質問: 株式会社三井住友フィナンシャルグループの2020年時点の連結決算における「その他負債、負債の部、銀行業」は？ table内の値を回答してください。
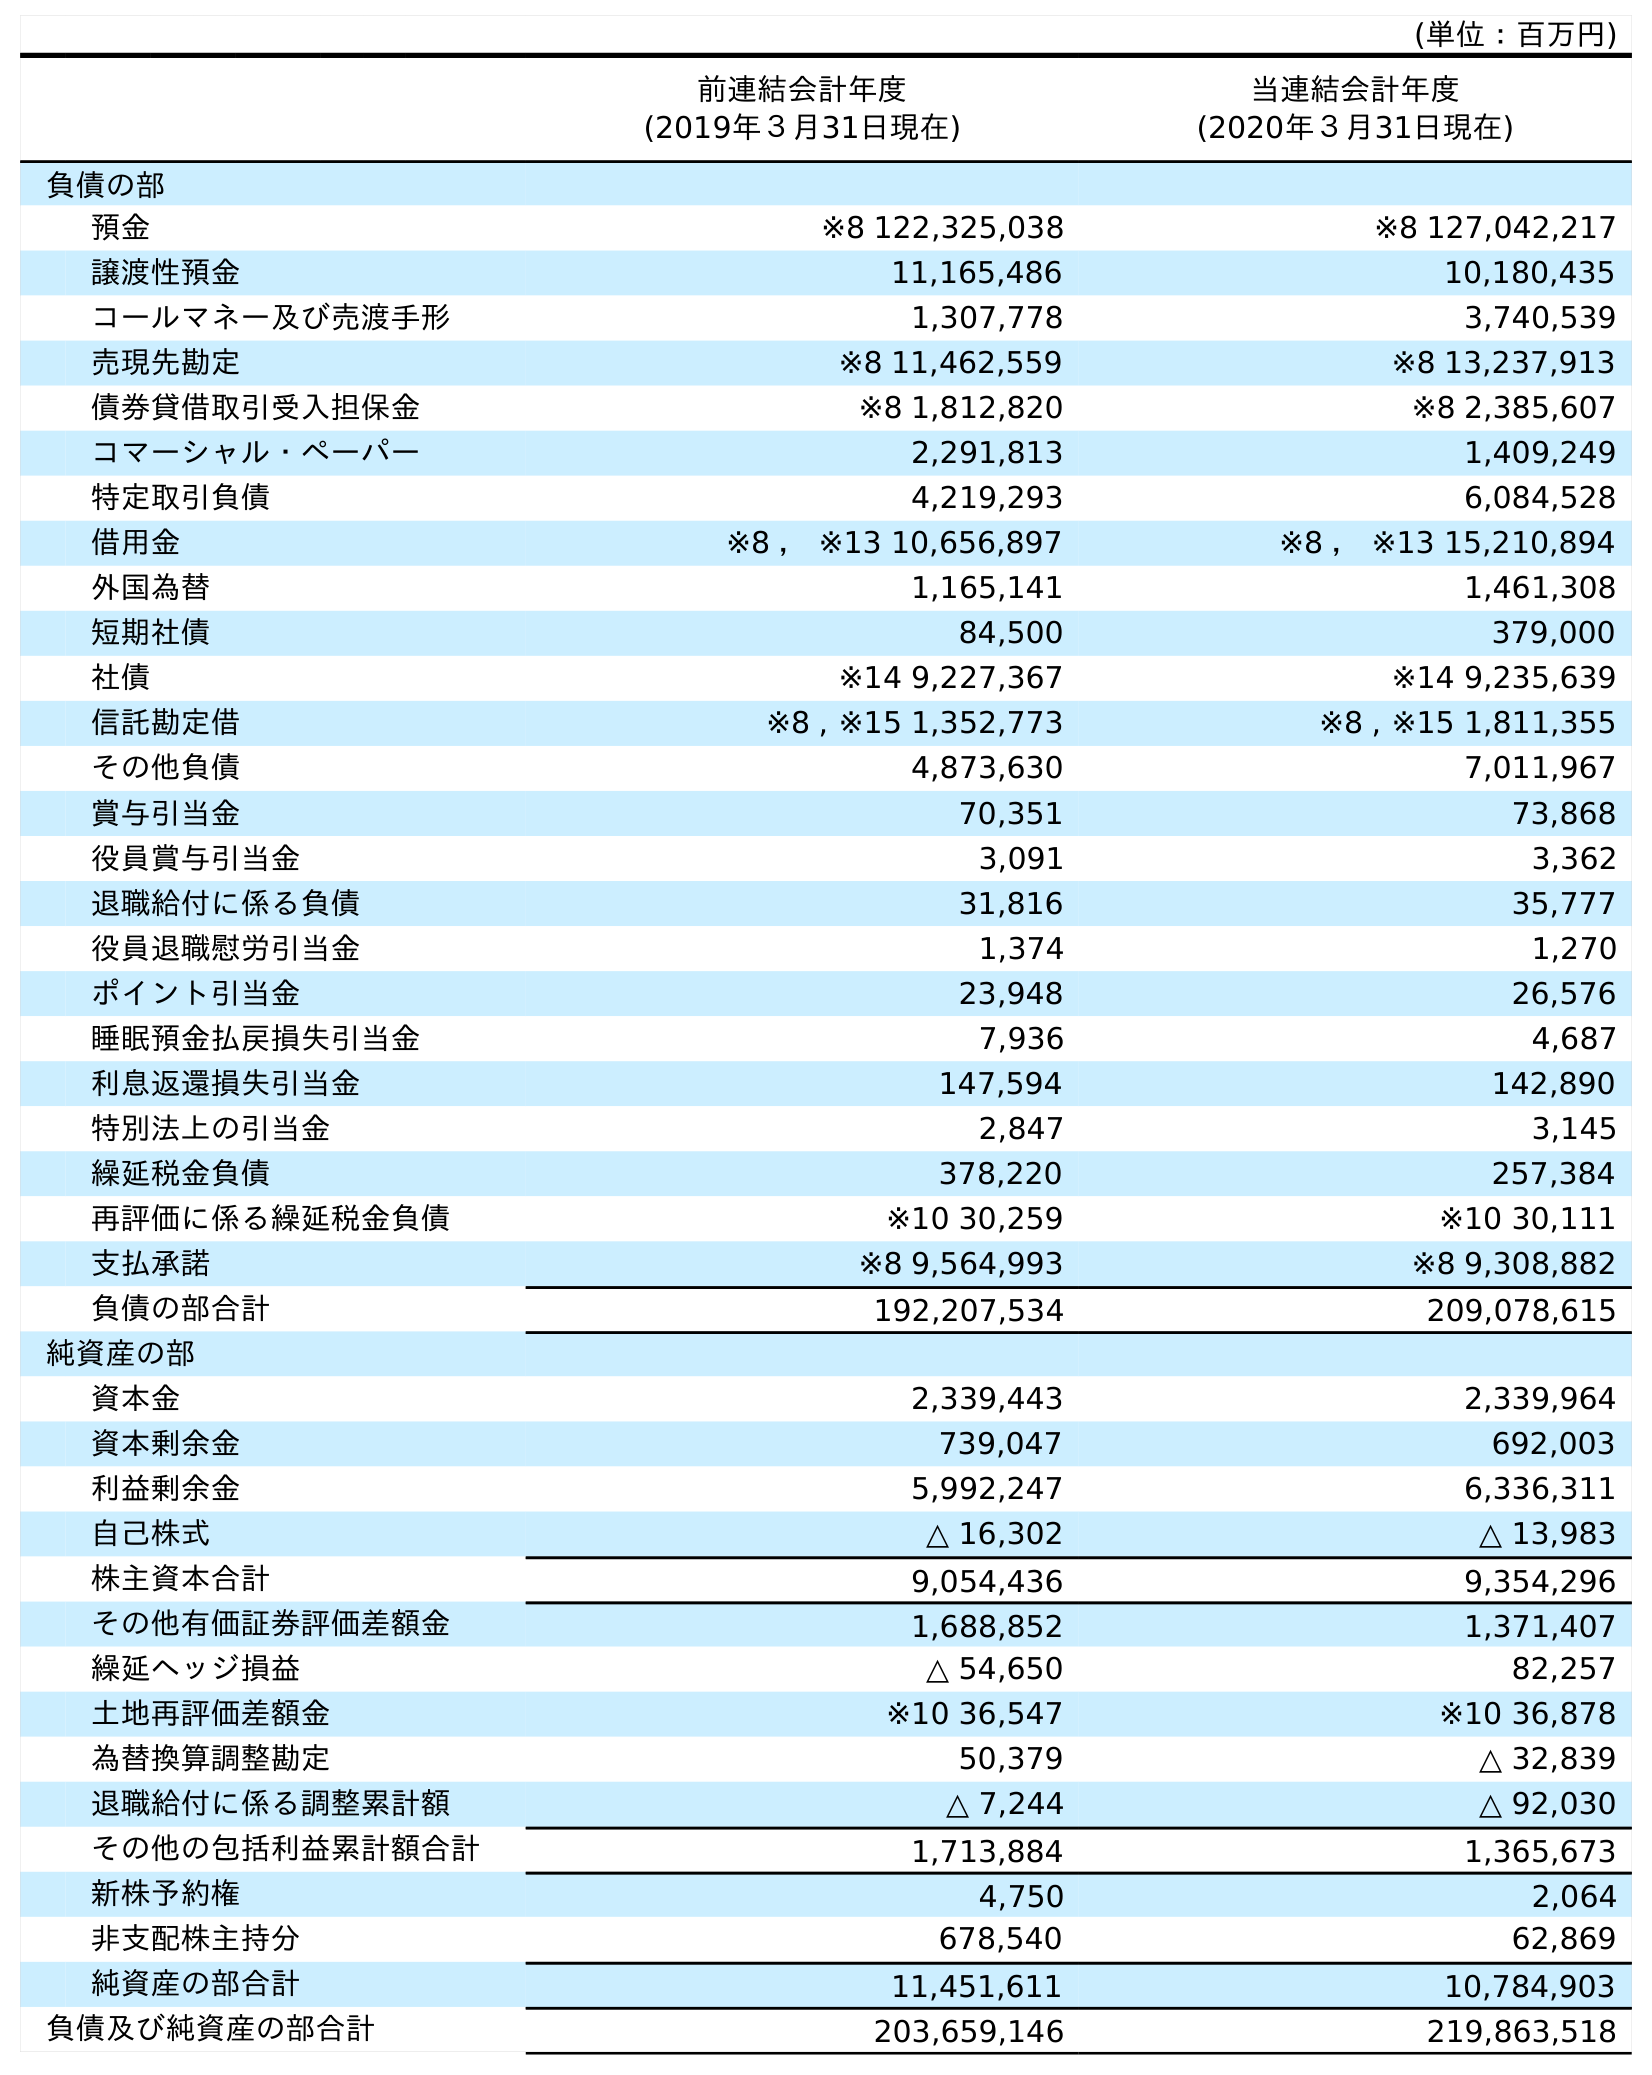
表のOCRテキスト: (単位：百万円) 前連結会計年度 (2019年３月31日現在) 当連結会計年度 (2020年３月31日現在) 負債の部 預金 ※8 122,325,038 ※8 127,042,217 譲渡性預金 11,165,486 10,180,435 コールマネー及び売渡手形 1,307,778 3,740,539 売現先勘定 ※8 11,462,559 ※8 13,237,913 債券貸借取引受入担保金 ※8 1,812,820 ※8 2,385,607 コマーシャル・ペーパー 2,291,813 1,409,249 特定取引負債 4,219,293 6,084,528 借用金 ※8 ， ※13 10,656,897 ※8 ， ※13 15,210,894 外国為替 1,165,141 1,461,308 短期社債 84,500 379,000 社債 ※14 9,227,367 ※14 9,235,639 信託勘定借 ※8 , ※15 1,352,773 ※8 , ※15 1,811,355 その他負債 4,873,630 7,011,967 賞与引当金 70,351 73,868 役員賞与引当金 3,091 3,362 退職給付に係る負債 31,816 35,777 役員退職慰労引当金 1,374 1,270 ポイント引当金 23,948 26,576 睡眠預金払戻損失引当金 7,936 4,687 利息返還損失引当金 147,594 142,890 特別法上の引当金 2,847 3,145 繰延税金負債 378,220 257,384 再評価に係る繰延税金負債 ※10 30,259 ※10 30,111 支払承諾 ※8 9,564,993 ※8 9,308,882 負債の部合計 192,207,534 209,078,615 純資産の部 資本金 2,339,443 2,339,964 資本剰余金 739,047 692,003 利益剰余金 5,992,247 6,336,311 自己株式 △ 16,302 △ 13,983 株主資本合計 9,054,436 9,354,296 その他有価証券評価差額金 1,688,852 1,371,407 繰延ヘッジ損益 △ 54,650 82,257 土地再評価差額金 ※10 36,547 ※10 36,878 為替換算調整勘定 50,379 △ 32,839 退職給付に係る調整累計額 △ 7,244 △ 92,030 その他の包括利益累計額合計 1,713,884 1,365,673 新株予約権 4,750 2,064 非支配株主持分 678,540 62,869 純資産の部合計 11,451,611 10,784,903 負債及び純資産の部合計 203,659,146 219,863,518
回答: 7,011,967